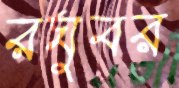
রঘুবর